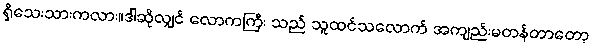
ရှိသေးသားကလား။ဒါဆိုလျှင် လောကကြီး သည် သူထင်သလောက် အကျည်းမတန်တာတော့